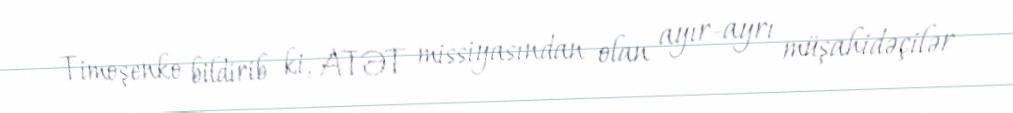
Timoşenko bildirib ki, ATƏT missiyasından olan ayır-ayrı müşahidəçilər